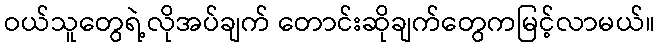
ဝယ်သူတွေရဲ့လိုအပ်ချက် တောင်းဆိုချက်တွေကမြင့်လာမယ်။